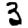
Digit: 3